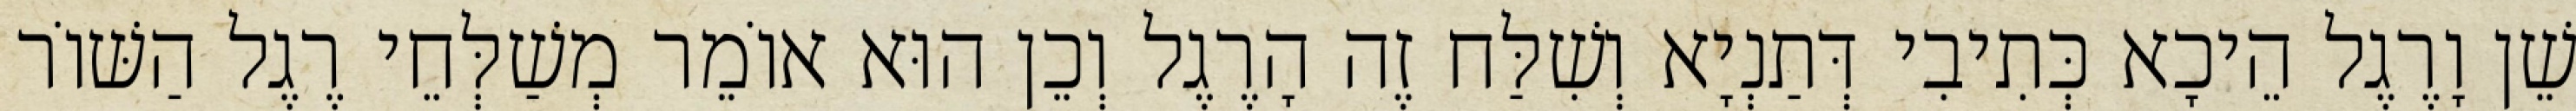
שֵׁן וָרֶגֶל הֵיכָא כְּתִיבִי דְּתַנְיָא וְשִׁלַּח זֶה הָרֶגֶל וְכֵן הוּא אוֹמֵר מְשַׁלְּחֵי רֶגֶל הַשּׁוֹר